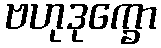
ဗဟုဒုက္ခော